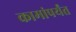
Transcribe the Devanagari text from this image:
कामांपर्यंत